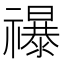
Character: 𮂡